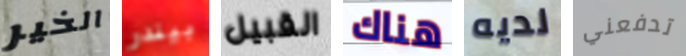
الخير بيندر القبيل هناك لديه تدفعني